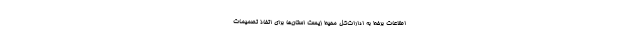
اطلاعات برخط به ادارات‌کل محیط‌ زیست استان‌ها برای اتخاذ تصمیمات